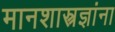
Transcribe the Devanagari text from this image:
मानशास्त्रज्ञांना